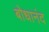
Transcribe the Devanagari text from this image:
बोधानंद